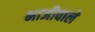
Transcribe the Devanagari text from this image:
भाजीवाले